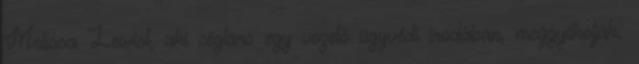
Melissa Lewist, aki cégtárs egy vezető ügyvédi irodában, meggyilkolják.